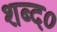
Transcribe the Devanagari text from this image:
शब्द०